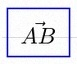
\vec{AB}